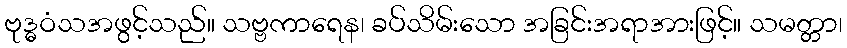
ဗုဒ္ဓဝံသအဖွင့်သည်။ သဗ္ဗကာရေန၊ ခပ်သိမ်းသော အခြင်းအရာအားဖြင့်။ သမတ္တာ၊